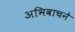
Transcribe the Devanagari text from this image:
अभिवाचने